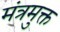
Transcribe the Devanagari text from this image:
मंत्रमुक्त